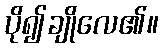
ပို၍ချိုလေ၏။